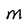
Character: M